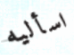
اسأليه